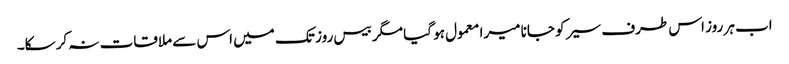
اب ہر روز اس طرف سیر کو جانا میرا معمول ہو گیا مگر بیس روز تک میں اس سے ملاقات نہ کرسکا۔